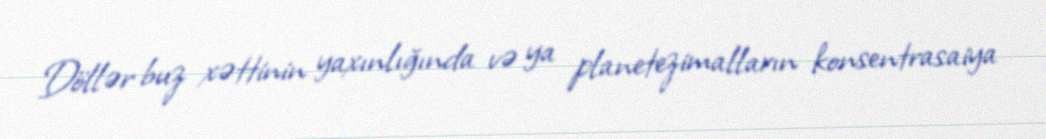
Döllər buz xəttinin yaxınlığında və ya planetezimalların konsentrasaiya